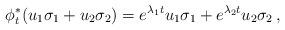
LaTeX: \begin{align*} \phi^*_t(u_1\sigma_1+u_2\sigma_2) =e^{\lambda_1 t}u_1\sigma_1+e^{\lambda_2 t}u_2\sigma_2\,,\end{align*}